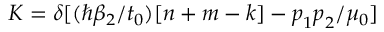
K = \delta [ ( { \hbar \beta _ { 2 } } / { t _ { 0 } } ) [ n + m - k ] - { \boldsymbol { p } _ { 1 } \boldsymbol { p } _ { 2 } } / { \mu _ { 0 } } ]